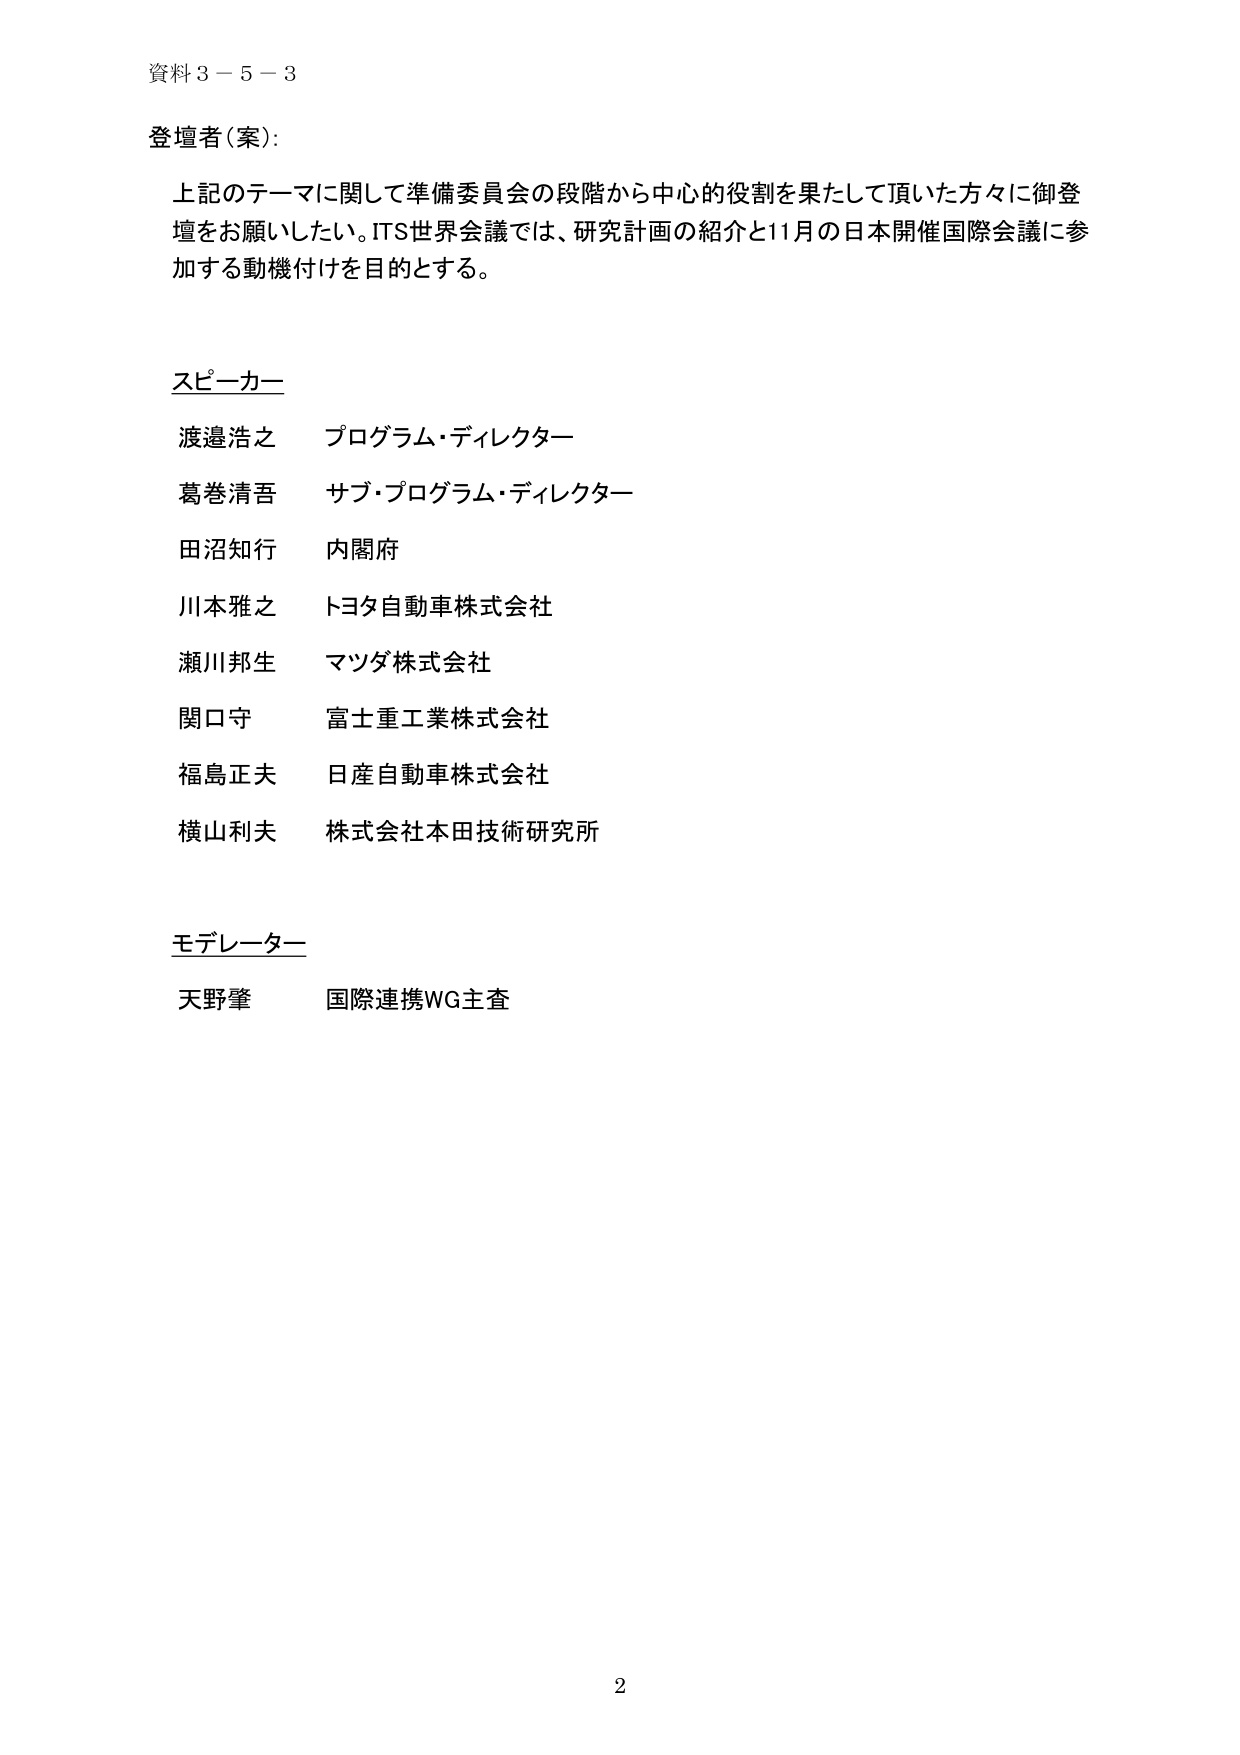
資料３－５－３

登壇者（案）：

上記のテーマに関して準備委員会の段階から中心的役割を果たして頂いた方々に御登壇をお願いしたい。ITS世界会議では、研究計画の紹介と11月の日本開催国際会議に参加する動機付けを目的とする。

スピーカー

渡邉浩之　プログラム・ディレクター
葛巻清吾　サブ・プログラム・ディレクター
田沼知行　内閣府
川本雅之　トヨタ自動車株式会社
瀬川邦生　マツダ株式会社
関口守　富士重工業株式会社
福島正夫　日産自動車株式会社
横山利夫　株式会社本田技術研究所

モデレーター

天野肇　国際連携WG主査

2